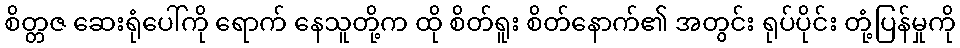
စိတ္တဇ ဆေးရုံပေါ်ကို ရောက် နေသူတို့က ထို စိတ်ရူး စိတ်နောက်၏ အတွင်း ရုပ်ပိုင်း တုံ့ပြန်မှုကို